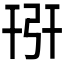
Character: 𢏘